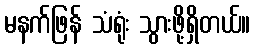
မနက်ဖြန် သံရုံး သွားဖို့ရှိတယ်။